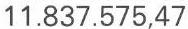
11.837.575,47